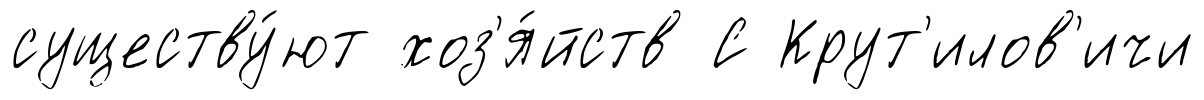
существу́ют хоз'я́йств С Крут'илов'ичи